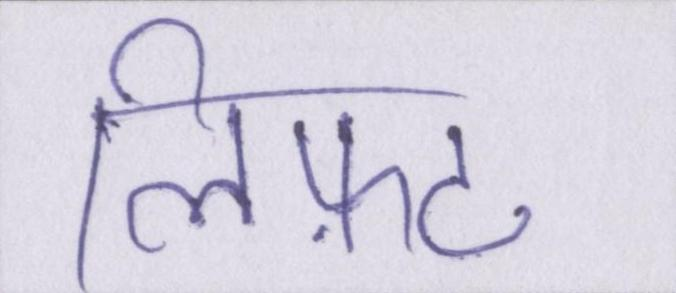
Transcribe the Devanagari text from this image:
लिफ़्ट